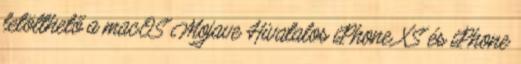
letölthető a macOS Mojave Hivatalos iPhone XS és iPhone